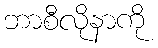
ဘာစီလိုနာကို